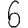
Digit: 6